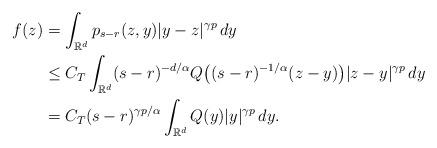
LaTeX: \begin{align*}f(z)&{}=\int_{\mathbb{R}^d}p_{s-r}(z,y)|y-z|^{\gamma p}\,dy\\&{}\leq C_T\int_{\mathbb{R}^d}(s-r)^{-d/\alpha}Q\bigl((s-r)^{-1/\alpha}(z-y) \bigr)|z-y|^{\gamma p}\,dy\\&{} = C_T(s-r)^{\gamma p/\alpha}\int_{\mathbb{R}^d}Q(y)|y|^{\gamma p}\,dy.\end{align*}